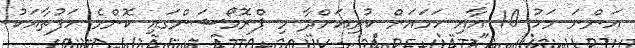
އަންނަ މަހު 10 އާއި ހަމައަށް ކުރިއަށްދާ މި ޕްރޮމޯޝަންގައި ކޮންމެ ހަފުތާއަކު